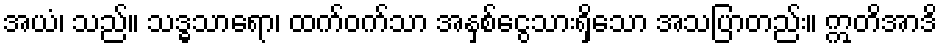
အယံ၊ သည်။ သဒ္ဓသာရော၊ ထက်ဝက်သာ အနှစ်ငွေသားရှိသော အသပြာတည်း။ ဣတိအာဒိ